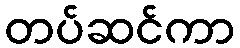
တပ်ဆင်ကာ